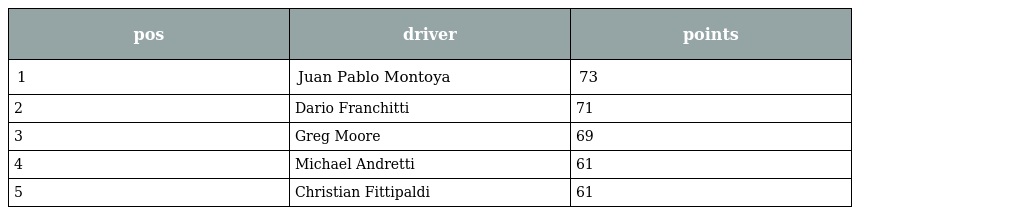
| pos | driver | points |
 | --- | --- | --- |
 | 1 | Juan Pablo Montoya | 73 |
 | 2 | Dario Franchitti | 71 |
 | 3 | Greg Moore | 69 |
 | 4 | Michael Andretti | 61 |
 | 5 | Christian Fittipaldi | 61 |